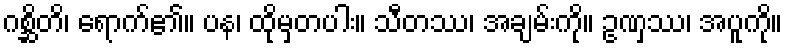
ဂစ္ဆိတိ၊ ရောက်၏။ ပန၊ ထိုမှတပါး။ သီတဿ၊ အချမ်းကို။ ဥဏှဿ၊ အပူကို။